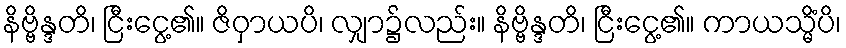
နိဗ္ဗိန္ဒတိ၊ ငြီးငွေ့၏။ ဇိဝှာယပိ၊ လျှာ၌လည်း။ နိဗ္ဗိန္ဒတိ၊ ငြီးငွေ့၏။ ကာယသ္မိံပိ၊